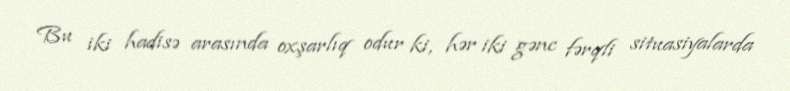
Bu iki hadisə arasında oxşarlıq odur ki, hər iki gənc fərqli situasiyalarda